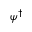
\psi ^ { \dagger }